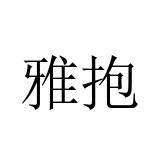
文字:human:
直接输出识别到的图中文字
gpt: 雅抱